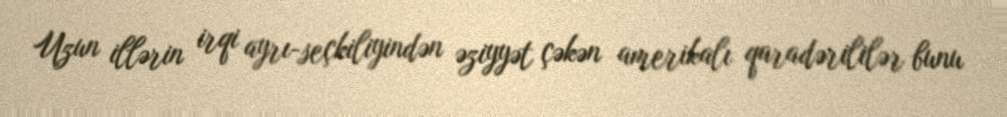
Uzun illərin irqi ayrı-seçkiliyindən əziyyət çəkən amerikalı qaradərililər bunu